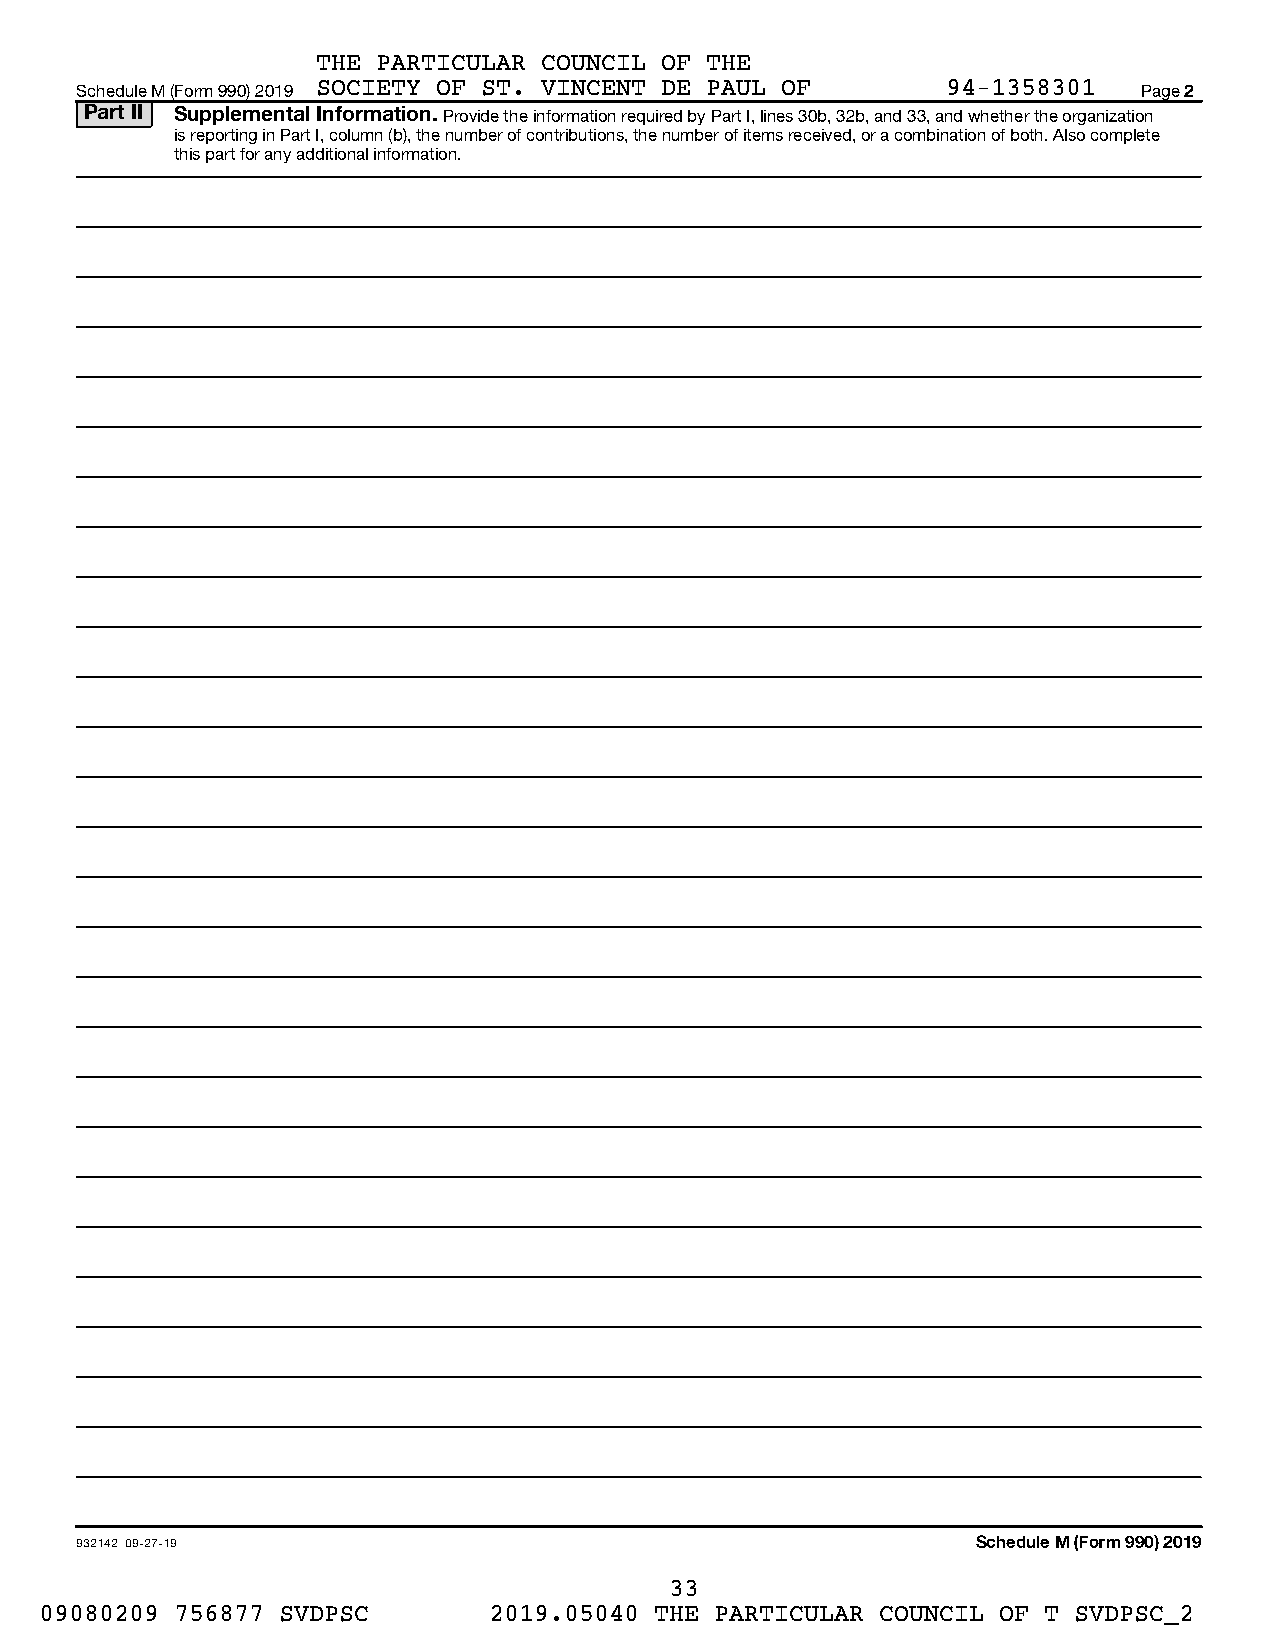
THE PARTICULAR COUNCIL OF THE
 Schedule M (Form 990) 2019 SOCIETY OF ST. VINCENT DE PAUL OF 94-1358301 Page 2
 Part II Supplemental Information. Provide the information required by Part I, lines 30b, 32b, and 33, and whether the organization
 is reporting in Part I, column (b), the number of contributions, the number of items received, or a combination of both. Also complete
 this part for any additional information.
 932142 09-27-19                                             Schedule M (Form 990) 2019
 33
 09080209 756877 SVDPSC       2019.05040 THE PARTICULAR COUNCIL OF T SVDPSC_2